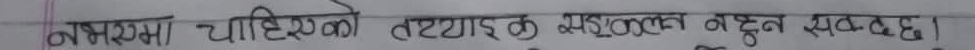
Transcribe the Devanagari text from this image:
नभएमा जाँचिएको तथ्याङ्क सङ्कलन नहुन सक्छ ।